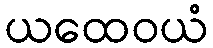
ယထေဝယံ